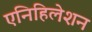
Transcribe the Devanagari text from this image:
एनिहिलेशन